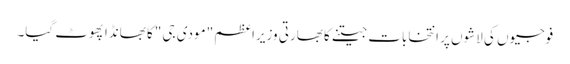
فوجیوں کی لاشوں پر انتخابات جیتنے کا بھارتی وزیراعظم "مودی جی "کا بھانڈا پھوٹ گیا۔